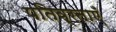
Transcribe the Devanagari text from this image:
पतिव्रताएँ